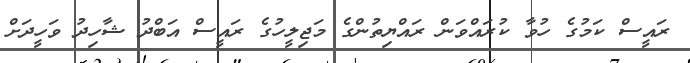
ރައީސް ކަމުގެ ހުވާ ކުރައްވަން ރައްޔިތުންގެ މަޖިލީހުގެ ރައީސް އަބްދު ޝާހިދު ވަހީދަށް